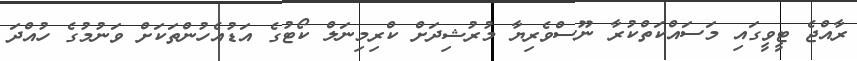
ރާއްޖެ ޓީވީގައި މަސައްކަތްކުރާ ނޫސްވެރިޔާ މުރުޝިދަށް ކްރިމިނަލް ކޯޓުގެ އަޑުއެހުންތަކަށް ވަނުމުގެ ހުއްދަ